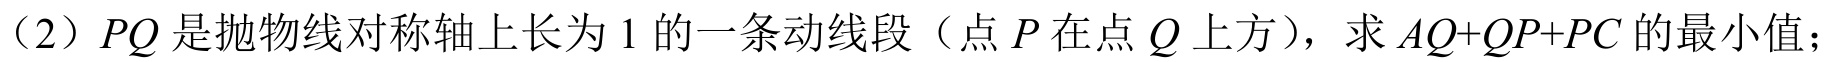
（2）$PQ$是抛物线对称轴上长为$1$的一条动线段（点$P$在点$Q$上方），求$AQ + QP+ PC$的最小值；